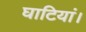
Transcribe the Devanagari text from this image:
घाटियां।